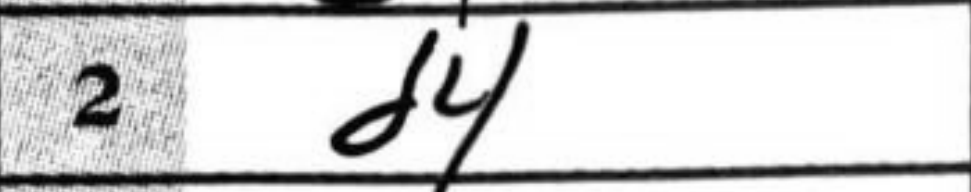
Transcription: d4